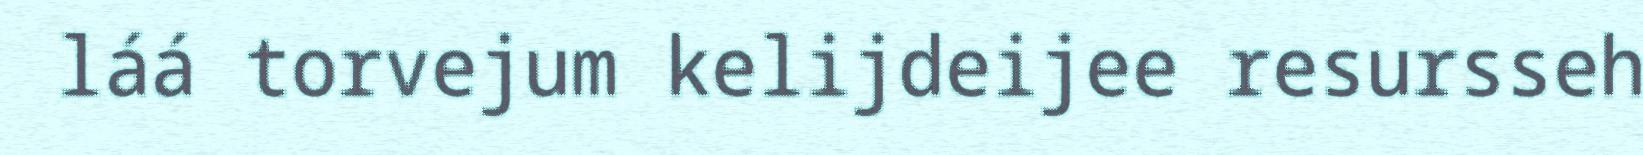
láá torvejum kelijdeijee resursseh